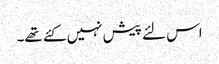
اس لئے پیش نہیں کئے تھے۔